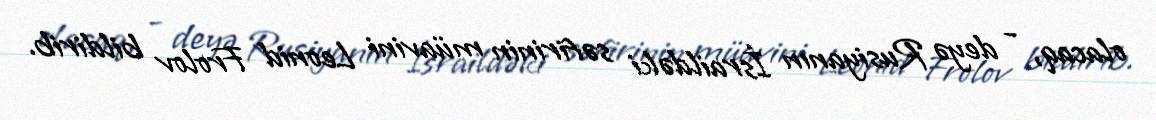
olacaq, - deyə Rusiyanın İsraildəki səfirinin müavini Leonid Frolov bildirib.